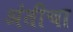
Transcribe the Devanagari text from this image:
अंतीचा